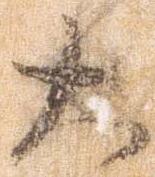
大